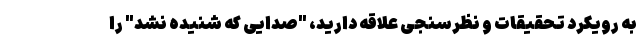
به رویکرد تحقیقات و نظرسنجی علاقه دارید، "صدایی که شنیده نشد" را